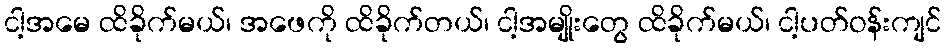
ငါ့အမေ ထိခိုက်မယ်၊ အဖေကို ထိခိုက်တယ်၊ ငါ့အမျိုးတွေ ထိခိုက်မယ်၊ ငါ့ပတ်ဝန်းကျင်